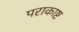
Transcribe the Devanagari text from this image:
पराकाष्ट